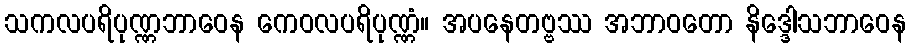
သကလပရိပုဏ္ဏဘာဝေန ကေဝလပရိပုဏ္ဏံ။ အပနေတဗ္ဗဿ အဘာဝတော နိဒ္ဒေါသဘာဝေန